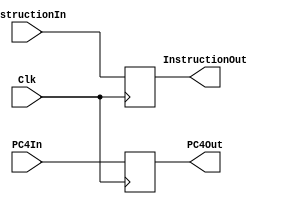
`timescale 1ns / 1ps
//////////////////////////////////////////////////////////////////////////////////
// Company: 
// Engineer: 
// 
// Design Name: 
// Module Name: FE_DEC_Reg
// Project Name: 
// Target Devices: 
// Tool Versions: 
// Description: 
// 
// Dependencies: 
// 
// Revision:
// Revision 0.01 - File Created
// Additional Comments:
// 
//////////////////////////////////////////////////////////////////////////////////


module FE_DEC_Reg(
    InstructionIn,PC4In,
    InstructionOut,PC4Out,
    Clk
    );
    input Clk;
    input [31:0] InstructionIn, PC4In;
    output reg [31:0] InstructionOut, PC4Out;
    //Memory Allocation
    reg [31:0] Instruction, PC4;
    //
    initial begin
    Instruction <= 0;
    PC4 <= 0;
    end
    //Write operations
    always @(posedge Clk) begin
    Instruction <= InstructionIn;
    PC4 <= PC4In;
    end
    //Read operations
    always @(*) begin
    InstructionOut <= Instruction;
    PC4Out <= PC4;
    end
endmodule